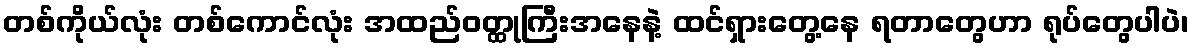
တစ်ကိုယ်လုံး တစ်ကောင်လုံး အထည်ဝတ္ထုကြီးအနေနဲ့ ထင်ရှားတွေ့နေ ရတာတွေဟာ ရုပ်တွေပါပဲ၊